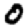
Digit: 0